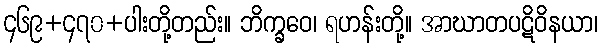
၄၆၉+၄၇၀+ပါးတို့တည်း။ ဘိက္ခဝေ၊ ရဟန်းတို့။ အာဃာတပဋိဝိနယာ၊